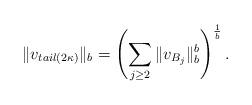
LaTeX: \begin{align*}\|v_{tail(2\kappa)}\|_b = \left(\sum_{j\ge 2} \|v_{B_j}\|_b^b \right)^{\frac{1}{b}}. \end{align*}